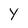
Character: y